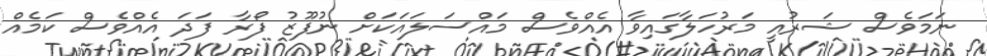
ނަމަވެސް ޝަރުއީ މަރުހަލާގައިވާ އެއްވެސް މައްސަލައަކަށް ނުފޫޒު ފޯރާ ފަދަ އެއްވެސް ކަމެއް